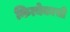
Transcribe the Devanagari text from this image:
कित्येकासी